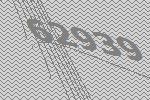
62939